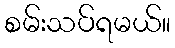
စမ်းသပ်ရမယ်။